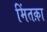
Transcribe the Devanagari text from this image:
मिंतक़ा